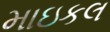
માઇકલ